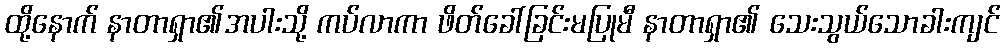
ထို့နောက် နာတာရှာ၏အပါးသို့ ကပ်လာကာ ဖိတ်ခေါ်ခြင်းမပြုမီ နာတာရှာ၏ သေးသွယ်သောခါးကျင်